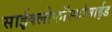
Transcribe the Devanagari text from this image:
साईक्लोफॉस्फोमाईड